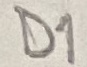
Text: D1